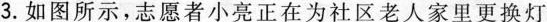
3.如图所示，志愿者小亮正在为社区老人家里更换灯